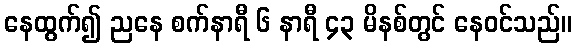
နေထွက်၍ ညနေ စက်နာရီ ၆ နာရီ ၄၃ မိနစ်တွင် နေဝင်သည်။